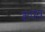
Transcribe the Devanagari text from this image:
कंपन्न